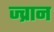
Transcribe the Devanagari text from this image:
ज्व्रान